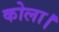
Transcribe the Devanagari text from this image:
कोला।